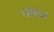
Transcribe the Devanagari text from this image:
रोबिया